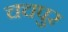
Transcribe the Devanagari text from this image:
चचपुर